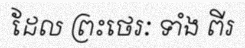
ដែល ព្រះថេរៈ ទាំង ពីរ